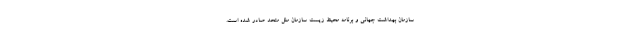
سازمان بهداشت جهانی و برنامه محیط زیست سازمان ملل متحد صادر شده است.